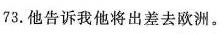
73.他告诉我他将出差去欧洲。